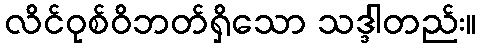
လိင်ဝုစ်ဝိဘတ်ရှိသော သဒ္ဒါတည်း။